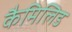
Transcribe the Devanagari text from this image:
कैमिलिड